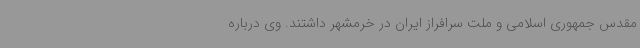
مقدس جمهوری اسلامی و ملت سرافراز ایران در خرمشهر داشتند. وی درباره